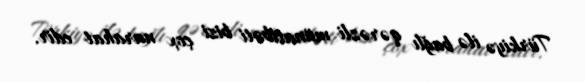
Türkiyə ilə bağlı qərəzli münasibəti bizi çox narahat edir.